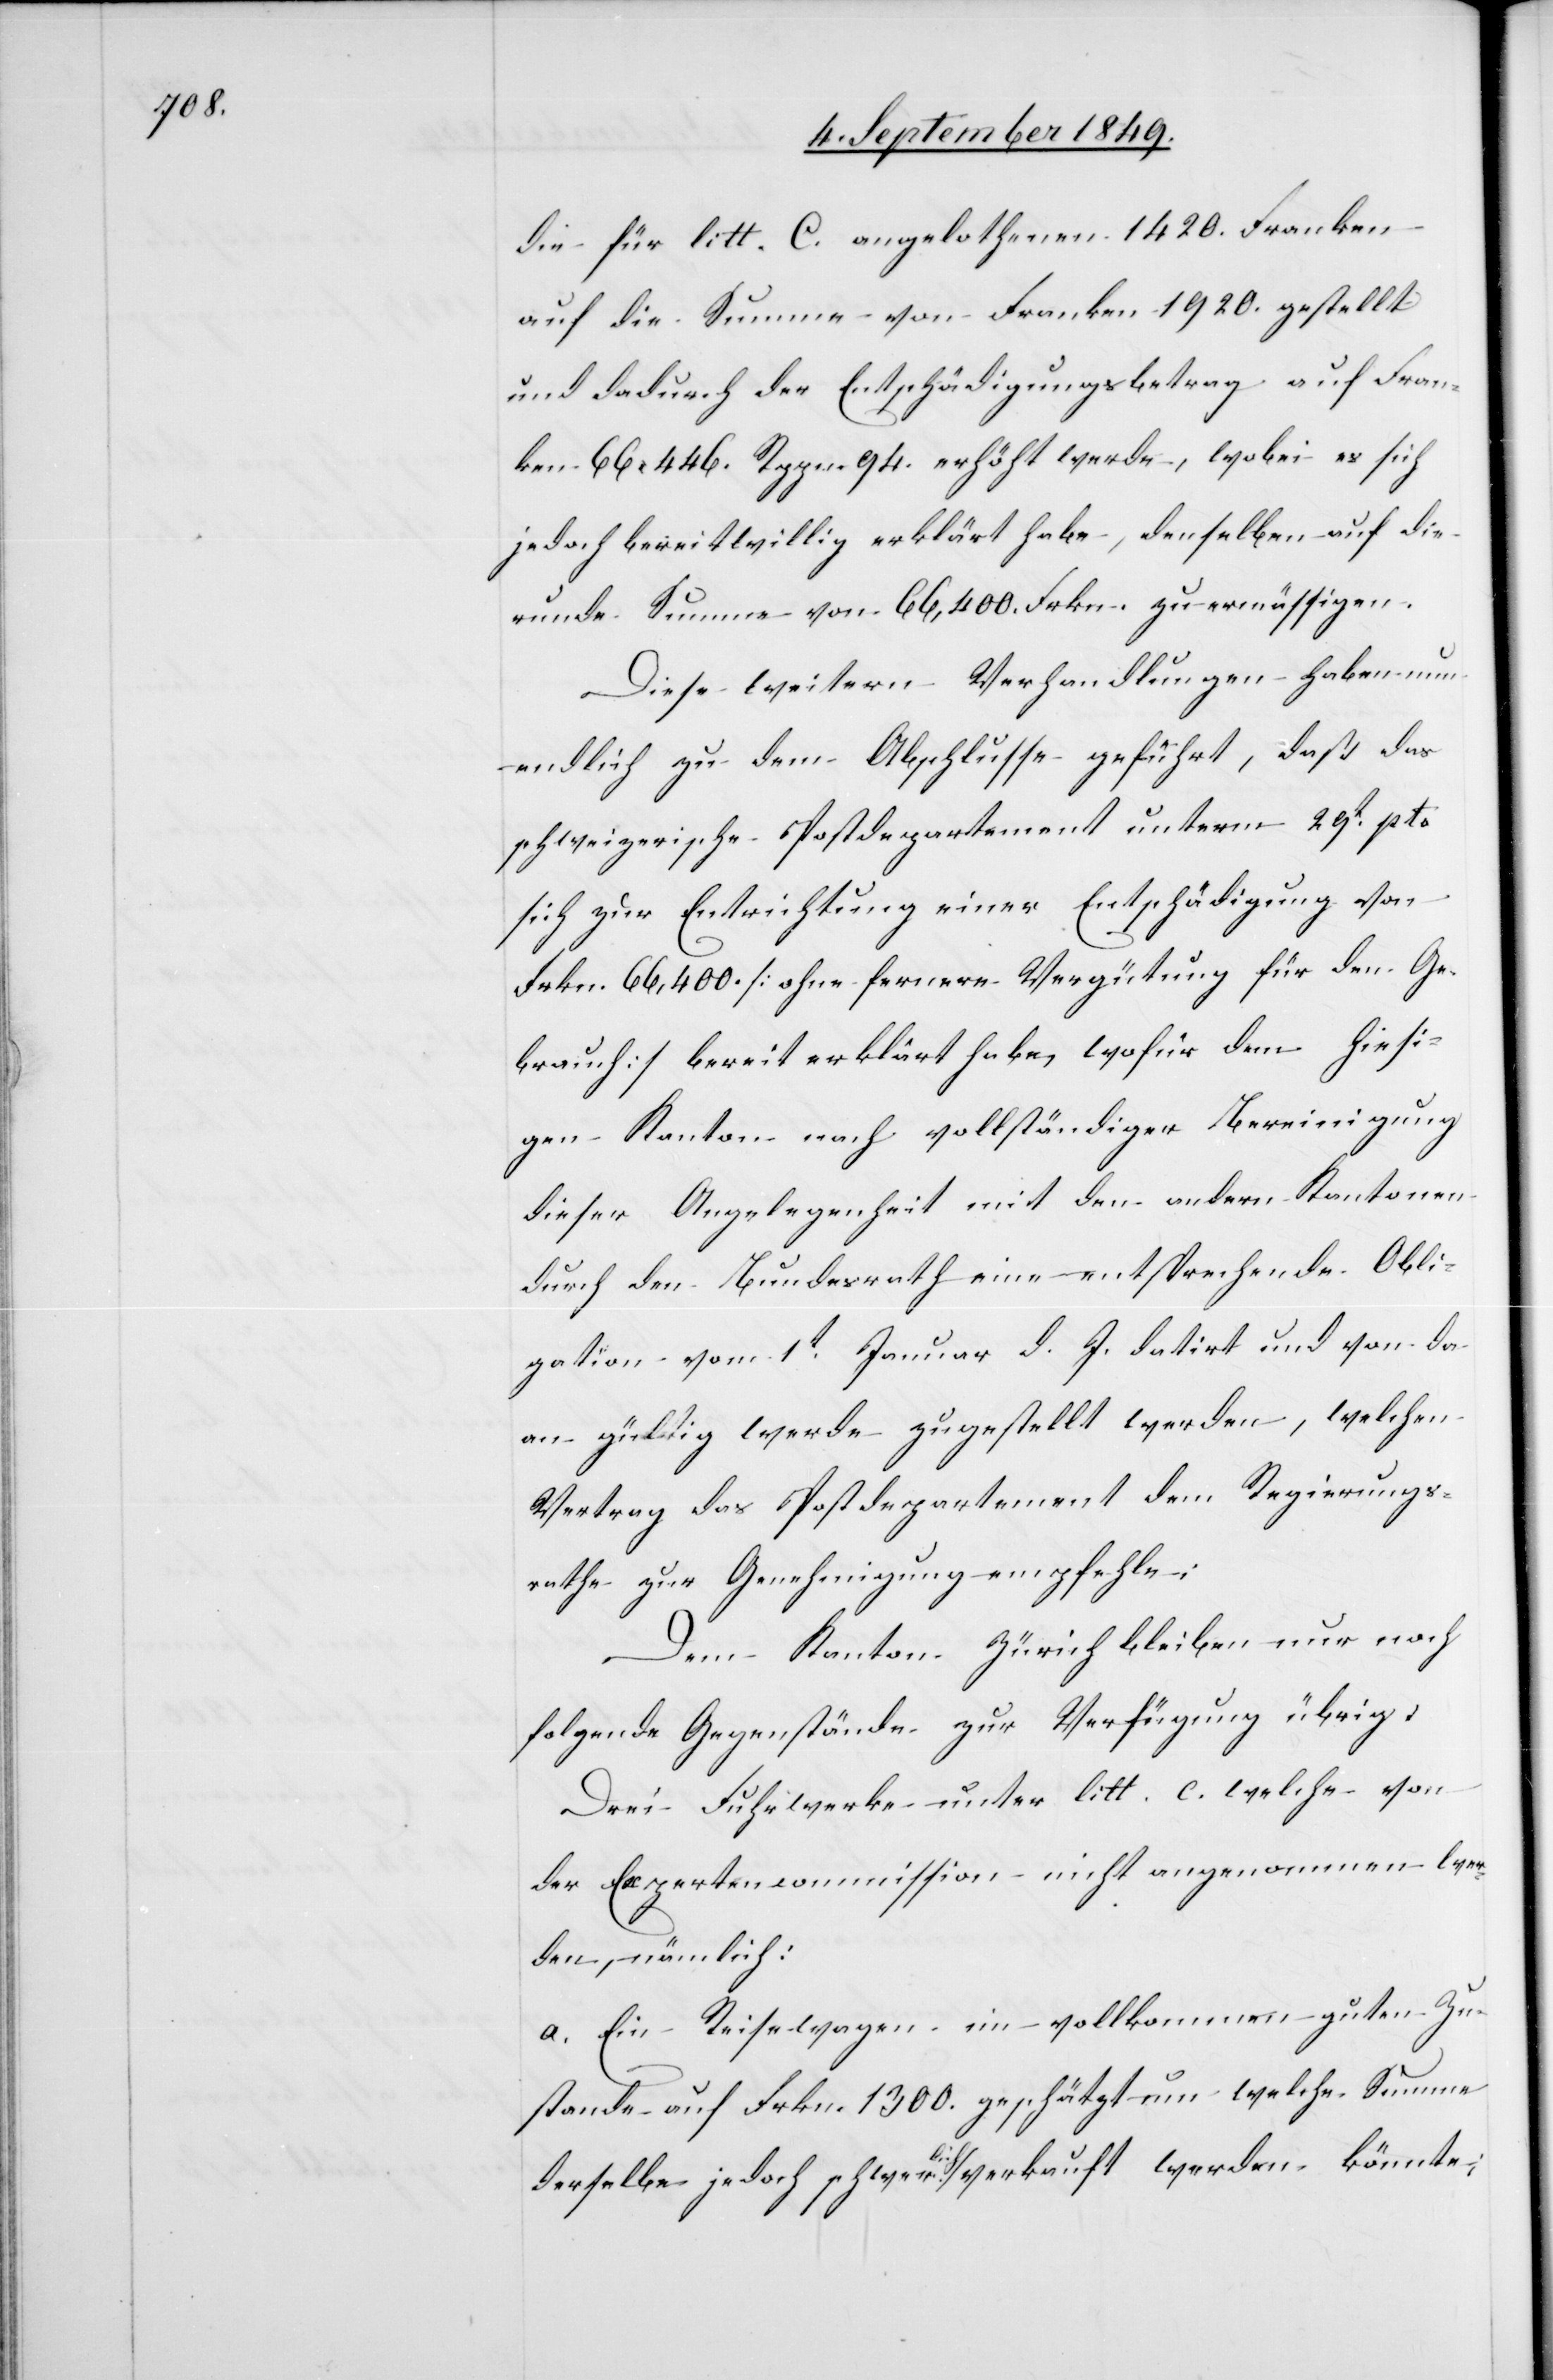
die für litt. C. angelothenen 1420. Franken
auf die Summe von Franken 1920. gestellt
und dadurch der Entschädigungsbetrag auf Fran¬
ken 66,446. Rppn. 94. erhöht werde, wobei es sich
jedoch bereitwillig erklärt habe, denselben auf die
runde Summe von 66,400. Frkn. zu ermässigen.
Diese weitern Verhandlungen haben nun
endlich zu dem Abschlusse geführt, daß das
schweizerische Postdepartement unterm 29t pto
sich zur Entrichtung einer Entschädigung von
Frkn. 66,400. [ohne fernere Vergütung für den Ge¬
brauch] bereit erklärt habe, wofür dem hiesi¬
gen Kanton nach vollständiger Bereinigung
dieser Angelegenheit mit den andern Kantonen
durch den Bundesrath eine entsprechende Obli¬
gation vom 1t Januar d. J. datirt und von da
an gültig werde zugestellt werden, welchen
Vertrag das Postdepartement dem Regierungs¬
rathe zur Genehmigung empfehle:
Dem Kanton Zürich bleiben nur noch
folgende Gegenstände zur Verfügung übrig:
Drei Fuhrwerke unter litt. c. welche von
der Expertencommission nicht angenommen wer¬
den, nämlich:
a. Ein Reisewagen im vollkommen guten Zu¬
stande auf Frkn. 1300. geschätzt um welche -Summe
derselbe jedoch schwerlich verkauft werden könnte;